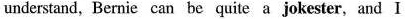
understand, Bernie can be quite a jokester, and I